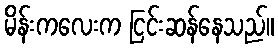
မိန်းကလေးက ငြင်းဆန်နေသည်။